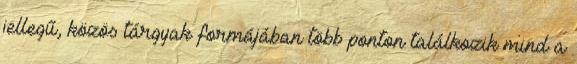
jellegű, közös tárgyak formájában több ponton találkozik mind a